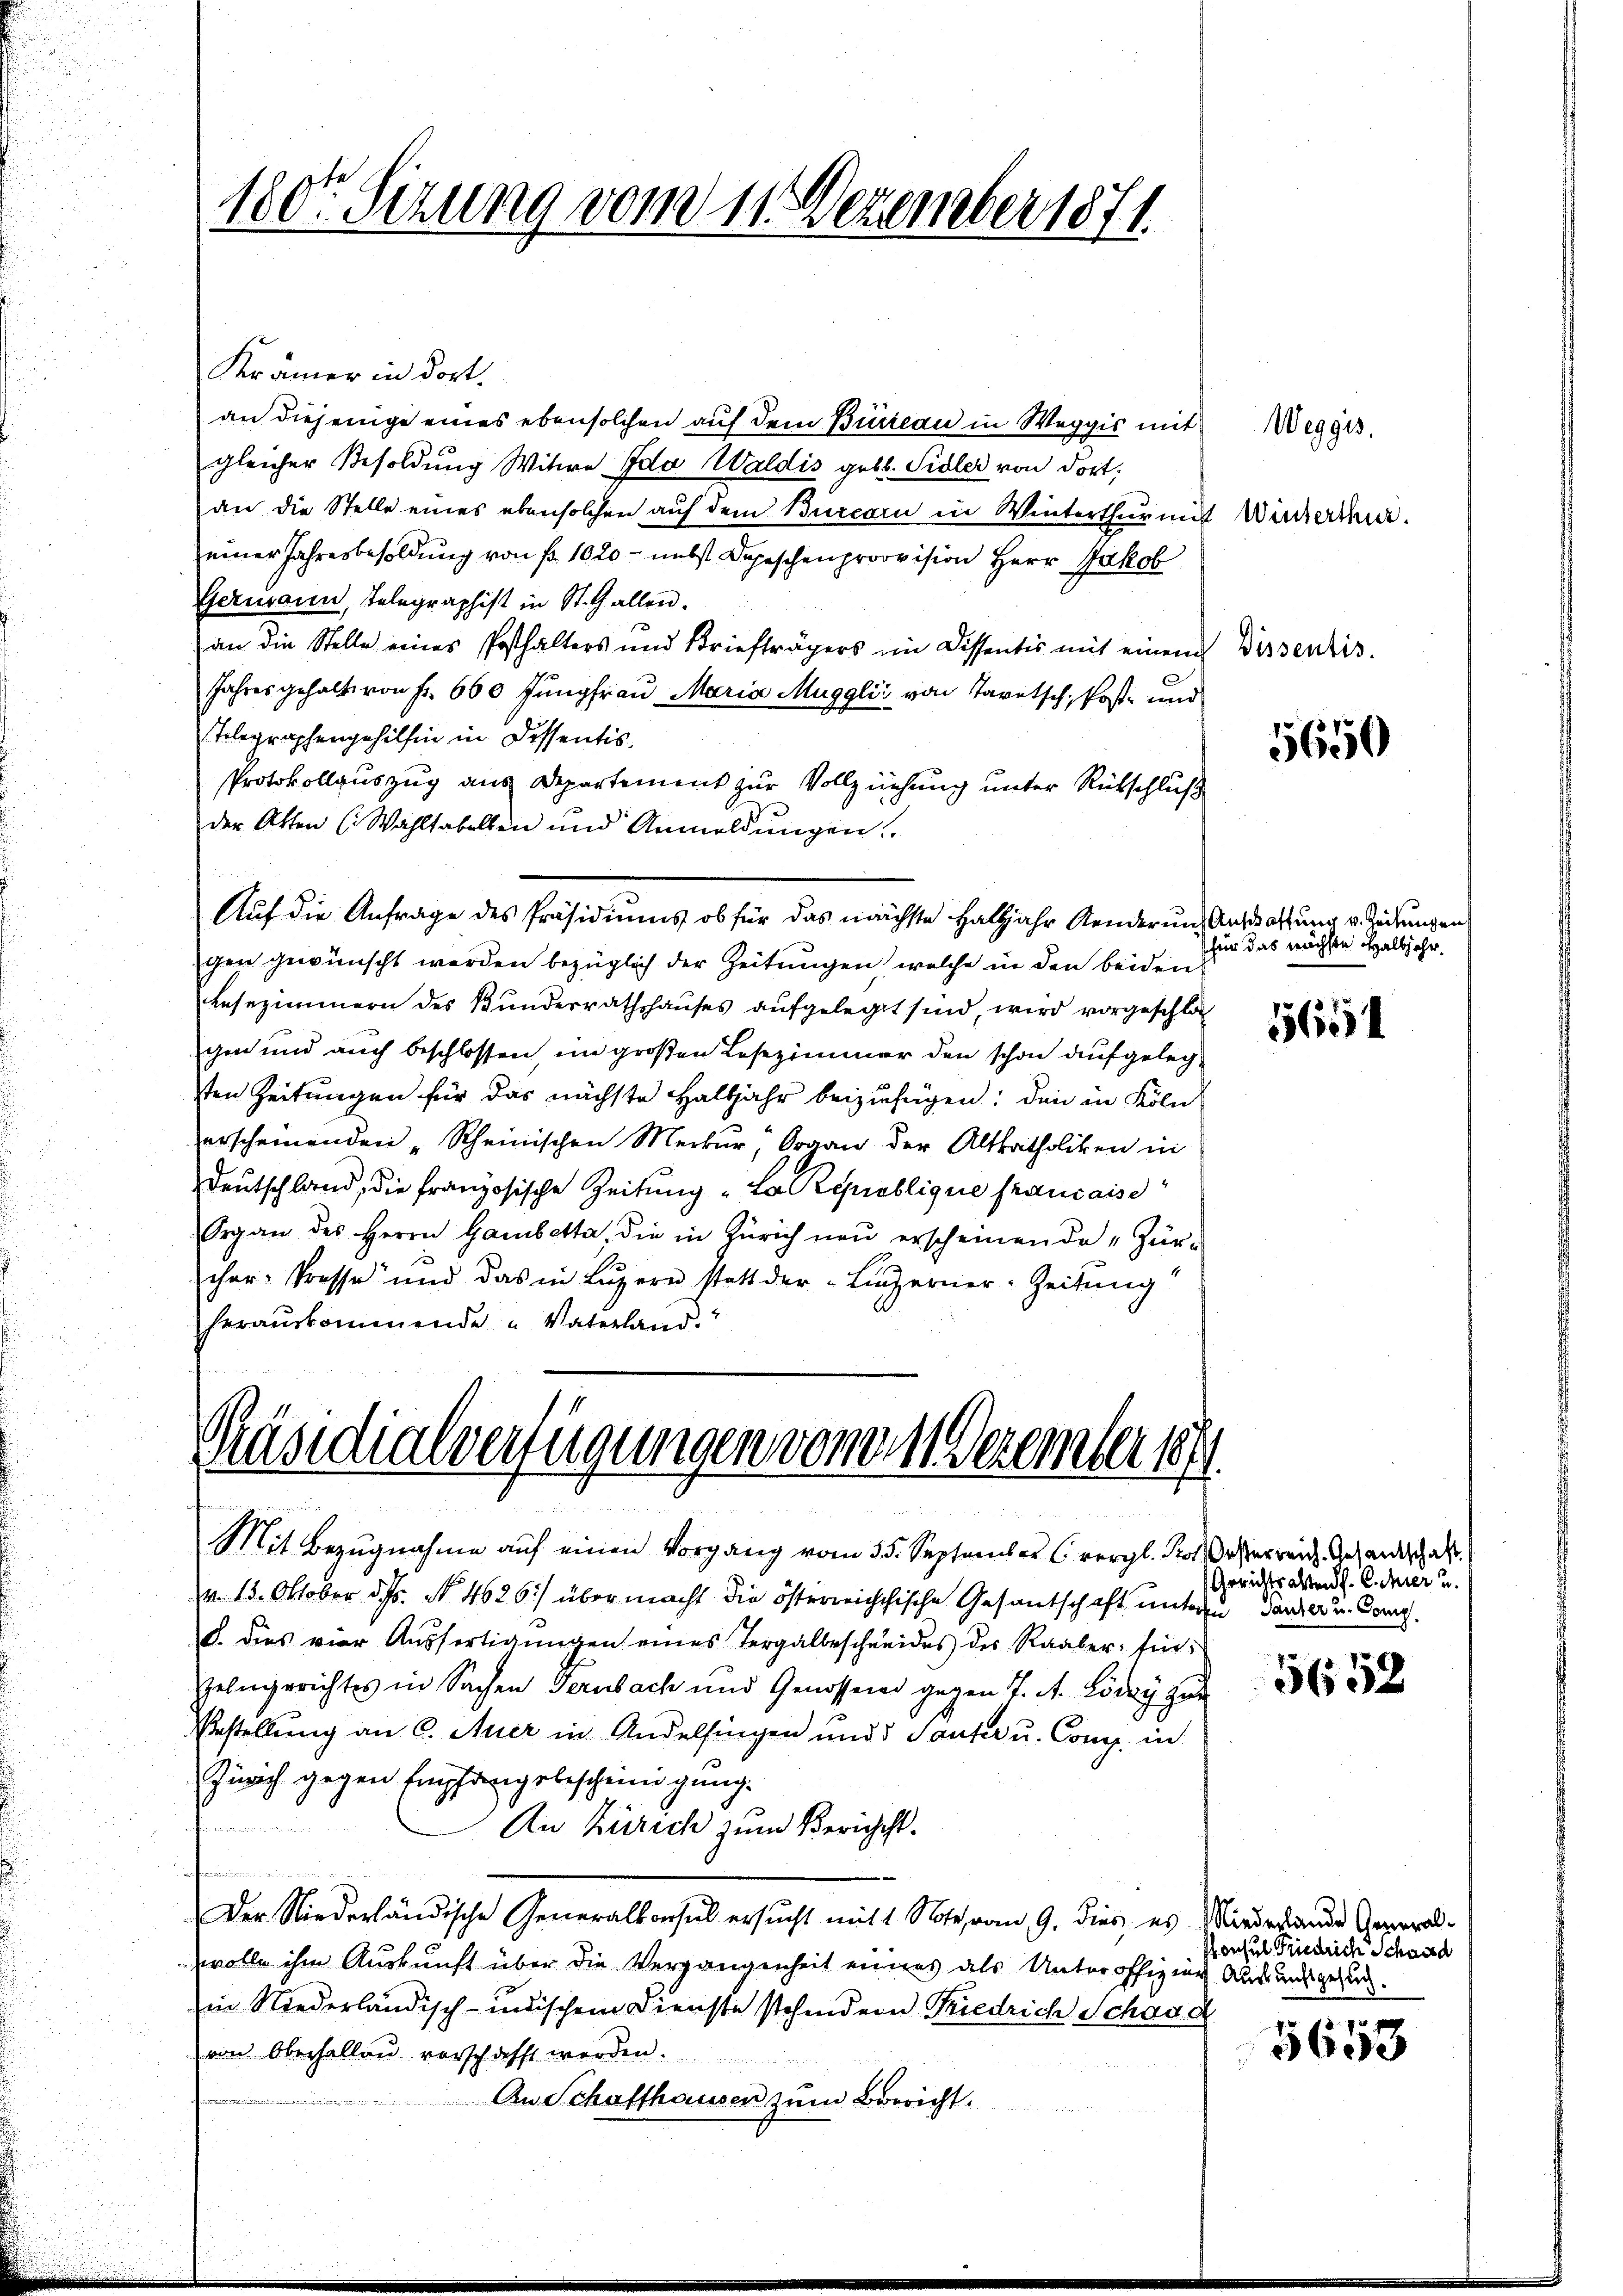
180ten Sizung vom 11. Dezember 1871.

Krämer in dort.
an diejenige eines ebensolchen auf dem Büreau in Weggis mit
gleicher Besoldung Witwe Ida Waldis geb. Sidler von dort,
an die Stelle eines ebensolchen auf dem Burcari in Winterthur mit
einer Jahresbesoldung von fr. 1020 - nebst Depeschenprovvision Herr Jakob
Germann, Telegraphist in St. Gallen.
an die Stelle eines Posthalters und Briefträgers im Dissentis mit einem
Jahres gehalt von Fr. 660 Jungfrau Maria Muggli von Taretsch, Post- und
Telegraphengehilfen in Dissentis.
Protokollauszug aus Departement zur Vollziehung unter Rückschluße
der Atten (Wahltabellen und Anmeldungen
Auf die Anfrage des Präsidiums ob für das nächste Halbjahr Aenderung Aufsatzung v. Zeitungen
gen gewünscht werden bezüglich der Zeitungen welche in den beiden
Lesezimmern des Bunderrathshauses aufgelegt sind, wird vorgeschlos
gen und auch beschlossen im großen Lesezimmer den schon aufgelegsten Zeitungen für das nächste Halbjahr beizufügen; den in Köln
erscheinenden „Scheinischen Merkŭr, Organ der Altkatholiken in
Deutschland, die französische Zeitung "La Republique française
Organ des Herrn Gambetta, die in Zürich neŭ erscheinende „Zür-
cher Prosse und das in Luzern statt der Luzerner-Zeitung
herauskommende "Vaterland.

Präsidialverfügungen vom 1. Dezember 1864

Mit Bezŭgnahme auf einen Vorgang vom 35. September C. vergl. Kolosserreich Gesandschaft.
v. 13. Oktober d. Js. No. 4626) über macht die österreichchische Gesandschaft unteren Tanzer u. Comp.
d. dies vier Aŭsfertigŭngen eines Tergalbeschneides des Raaber für
Zehngerichtes in Sachen Fernbach und Genossend gegen 7. A. Lödry zur
Erstellung an C. Auer in Andelfingen und Tanter u. Comp. in
Zürich gegen Empfangsbescheinigung.
An Zürich zum Bericht.
 Pommen seinen wie
Der Niederländische Generalkonsul ersucht mit 1. Note vom 9. dies, es Miederande General-
wolle ihm Auskunft über die Vergangenheit einens als Unteroffizien Auswandsgesung.
in Niederländisch-indischem Dienste stehender Friedrich Schand
von Oberhallen vorschafft werden.
An Schafthausen zŭm Bericht.

Winterthur.

Weggis.

Dissentis.

5650

für das nächste Halbjahr,

5654

Gerichtsalten f. E. hier u.

5652

Ponsul Friedrich Schaad

5653